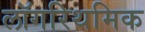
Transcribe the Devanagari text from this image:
लॉगरिथमिक